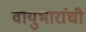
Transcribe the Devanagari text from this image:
वायुभारांची